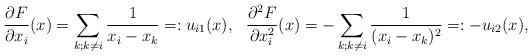
LaTeX: \begin{align*}\frac{\partial F}{\partial x_i}(x)=\sum_{k;k \neq i}\frac{1}{x_i-x_k}=:u_{i1}(x),&&\frac{\partial^2 F}{\partial x_i^2}(x)=-\sum_{k;k \neq i}\frac{1}{(x_i-x_k)^2}=:-u_{i2}(x),\end{align*}